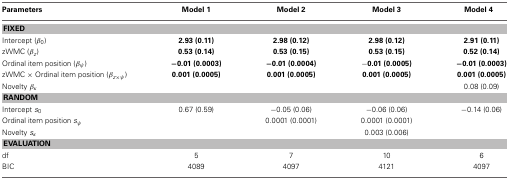
<table><thead><tr><td><b>Parameters</b></td><td><b>Model 1</b></td><td><b>Model 2</b></td><td><b>Model 3</b></td><td><b>Model 4</b></td></tr></thead><tbody><tr><td colspan="5"><b>FIXED</b></td></tr><tr><td>Intercept (<i>β</i><sub>0</sub>)</td><td><b>2.93 (0.11)</b></td><td><b>2.98 (0.12)</b></td><td><b>2.98 (0.12)</b></td><td><b>2.91 (0.11)</b></td></tr><tr><td>zWMC (<i>β</i><sub><i>z</i></sub>)</td><td><b>0.53 (0.14)</b></td><td><b>0.53 (0.15)</b></td><td><b>0.53 (0.15)</b></td><td><b>0.52 (0.14)</b></td></tr><tr><td>Ordinal item position (<i>β</i><sub><i>ψ</i></sub>)</td><td><b>−0.01 (0.0003)</b></td><td><b>−0.01 (0.0004)</b></td><td><b>−0.01 (0.0005)</b></td><td><b>−0.01 (0.0003)</b></td></tr><tr><td>zWMC × Ordinal item position (<i>β</i><sub><i>z</i> × <i>ψ</i></sub>)</td><td><b>0.001 (0.0005)</b></td><td><b>0.001 (0.0005)</b></td><td><b>0.001 (0.0005)</b></td><td><b>0.001 (0.0005)</b></td></tr><tr><td>Novelty <i>β</i><sub><i>κ</i></sub></td><td></td><td></td><td></td><td>0.08 (0.09)</td></tr><tr><td colspan="5"><b>RANDOM</b></td></tr><tr><td>Intercept <i>s</i><sub>0</sub></td><td>0.67 (0.59)</td><td>−0.05 (0.06)</td><td>−0.06 (0.06)</td><td>−0.14 (0.06)</td></tr><tr><td>Ordinal item position <i>s</i><sub><i>ψ</i></sub></td><td></td><td>0.0001 (0.0001)</td><td>0.0001 (0.0001)</td><td></td></tr><tr><td>Novelty <i>s</i><sub><i>κ</i></sub></td><td></td><td></td><td>0.003 (0.006)</td><td></td></tr><tr><td colspan="5"><b>EVALUATION</b></td></tr><tr><td>df</td><td>5</td><td>7</td><td>10</td><td>6</td></tr><tr><td>BIC</td><td>4089</td><td>4097</td><td>4121</td><td>4097</td></tr></tbody></table>